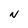
Character: N